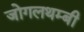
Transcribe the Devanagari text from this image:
जोगलथम्बी